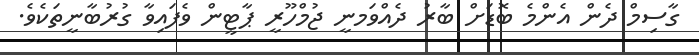
ގާސިމް ދެން އެންމެ ބޮޑަށް ބާރު ދެއްވަމނީ ޖުމްހޫރީ ޕާޓީން ވެފައިވާ ގުރުބާނީތަކެވެ.